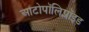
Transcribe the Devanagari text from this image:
आटोपॉलिप्लॉइड